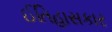
ઈતિહાસકાર